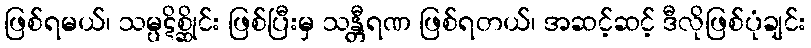
ဖြစ်ရမယ်၊ သမ္ပဋိစ္ဆိုင်း ဖြစ်ပြီးမှ သန္တီရဏ ဖြစ်ရတယ်၊ အဆင့်ဆင့် ဒီလိုဖြစ်ပုံချင်း